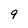
Character: 9